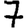
Digit: 7